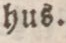
hus.